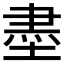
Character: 𡎀